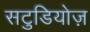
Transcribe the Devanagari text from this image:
सटुडियोज़